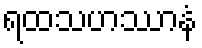
ရထသဟဿာနံ